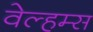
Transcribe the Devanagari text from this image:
वेल्हम्स